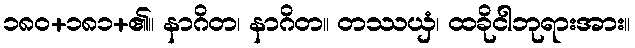
၁၈၀+၁၈၁+၏။ နာဂိတ၊ နာဂိတ။ တဿယှံ၊ ထခိုငါဘုရားအား။